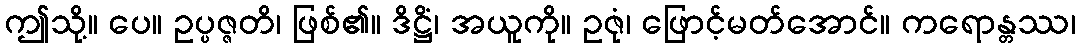
ဤသို့။ ပေ။ ဥပ္ပဇ္ဇတိ၊ ဖြစ်၏။ ဒိဋ္ဌိံ၊ အယူကို။ ဥဇုံ၊ ဖြောင့်မတ်အောင်။ ကရောန္တဿ၊